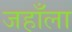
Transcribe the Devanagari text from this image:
जहाँला